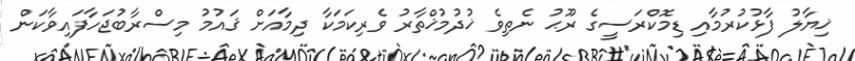
ޚިޔާލު ފާޅުކުރުމާއި ޑިމޮކްރަސީގެ ރޫޙު ނެތިވެ ޚުދުމުޚްތާރު ވެރިކަމަކާ ދިމާއަށް ޤައުމު މިސްރާބުޖަހާފައިވާކަން